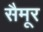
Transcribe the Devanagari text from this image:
सैमूर